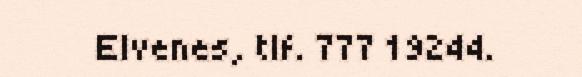
Elvenes, tlf. 777 19244.